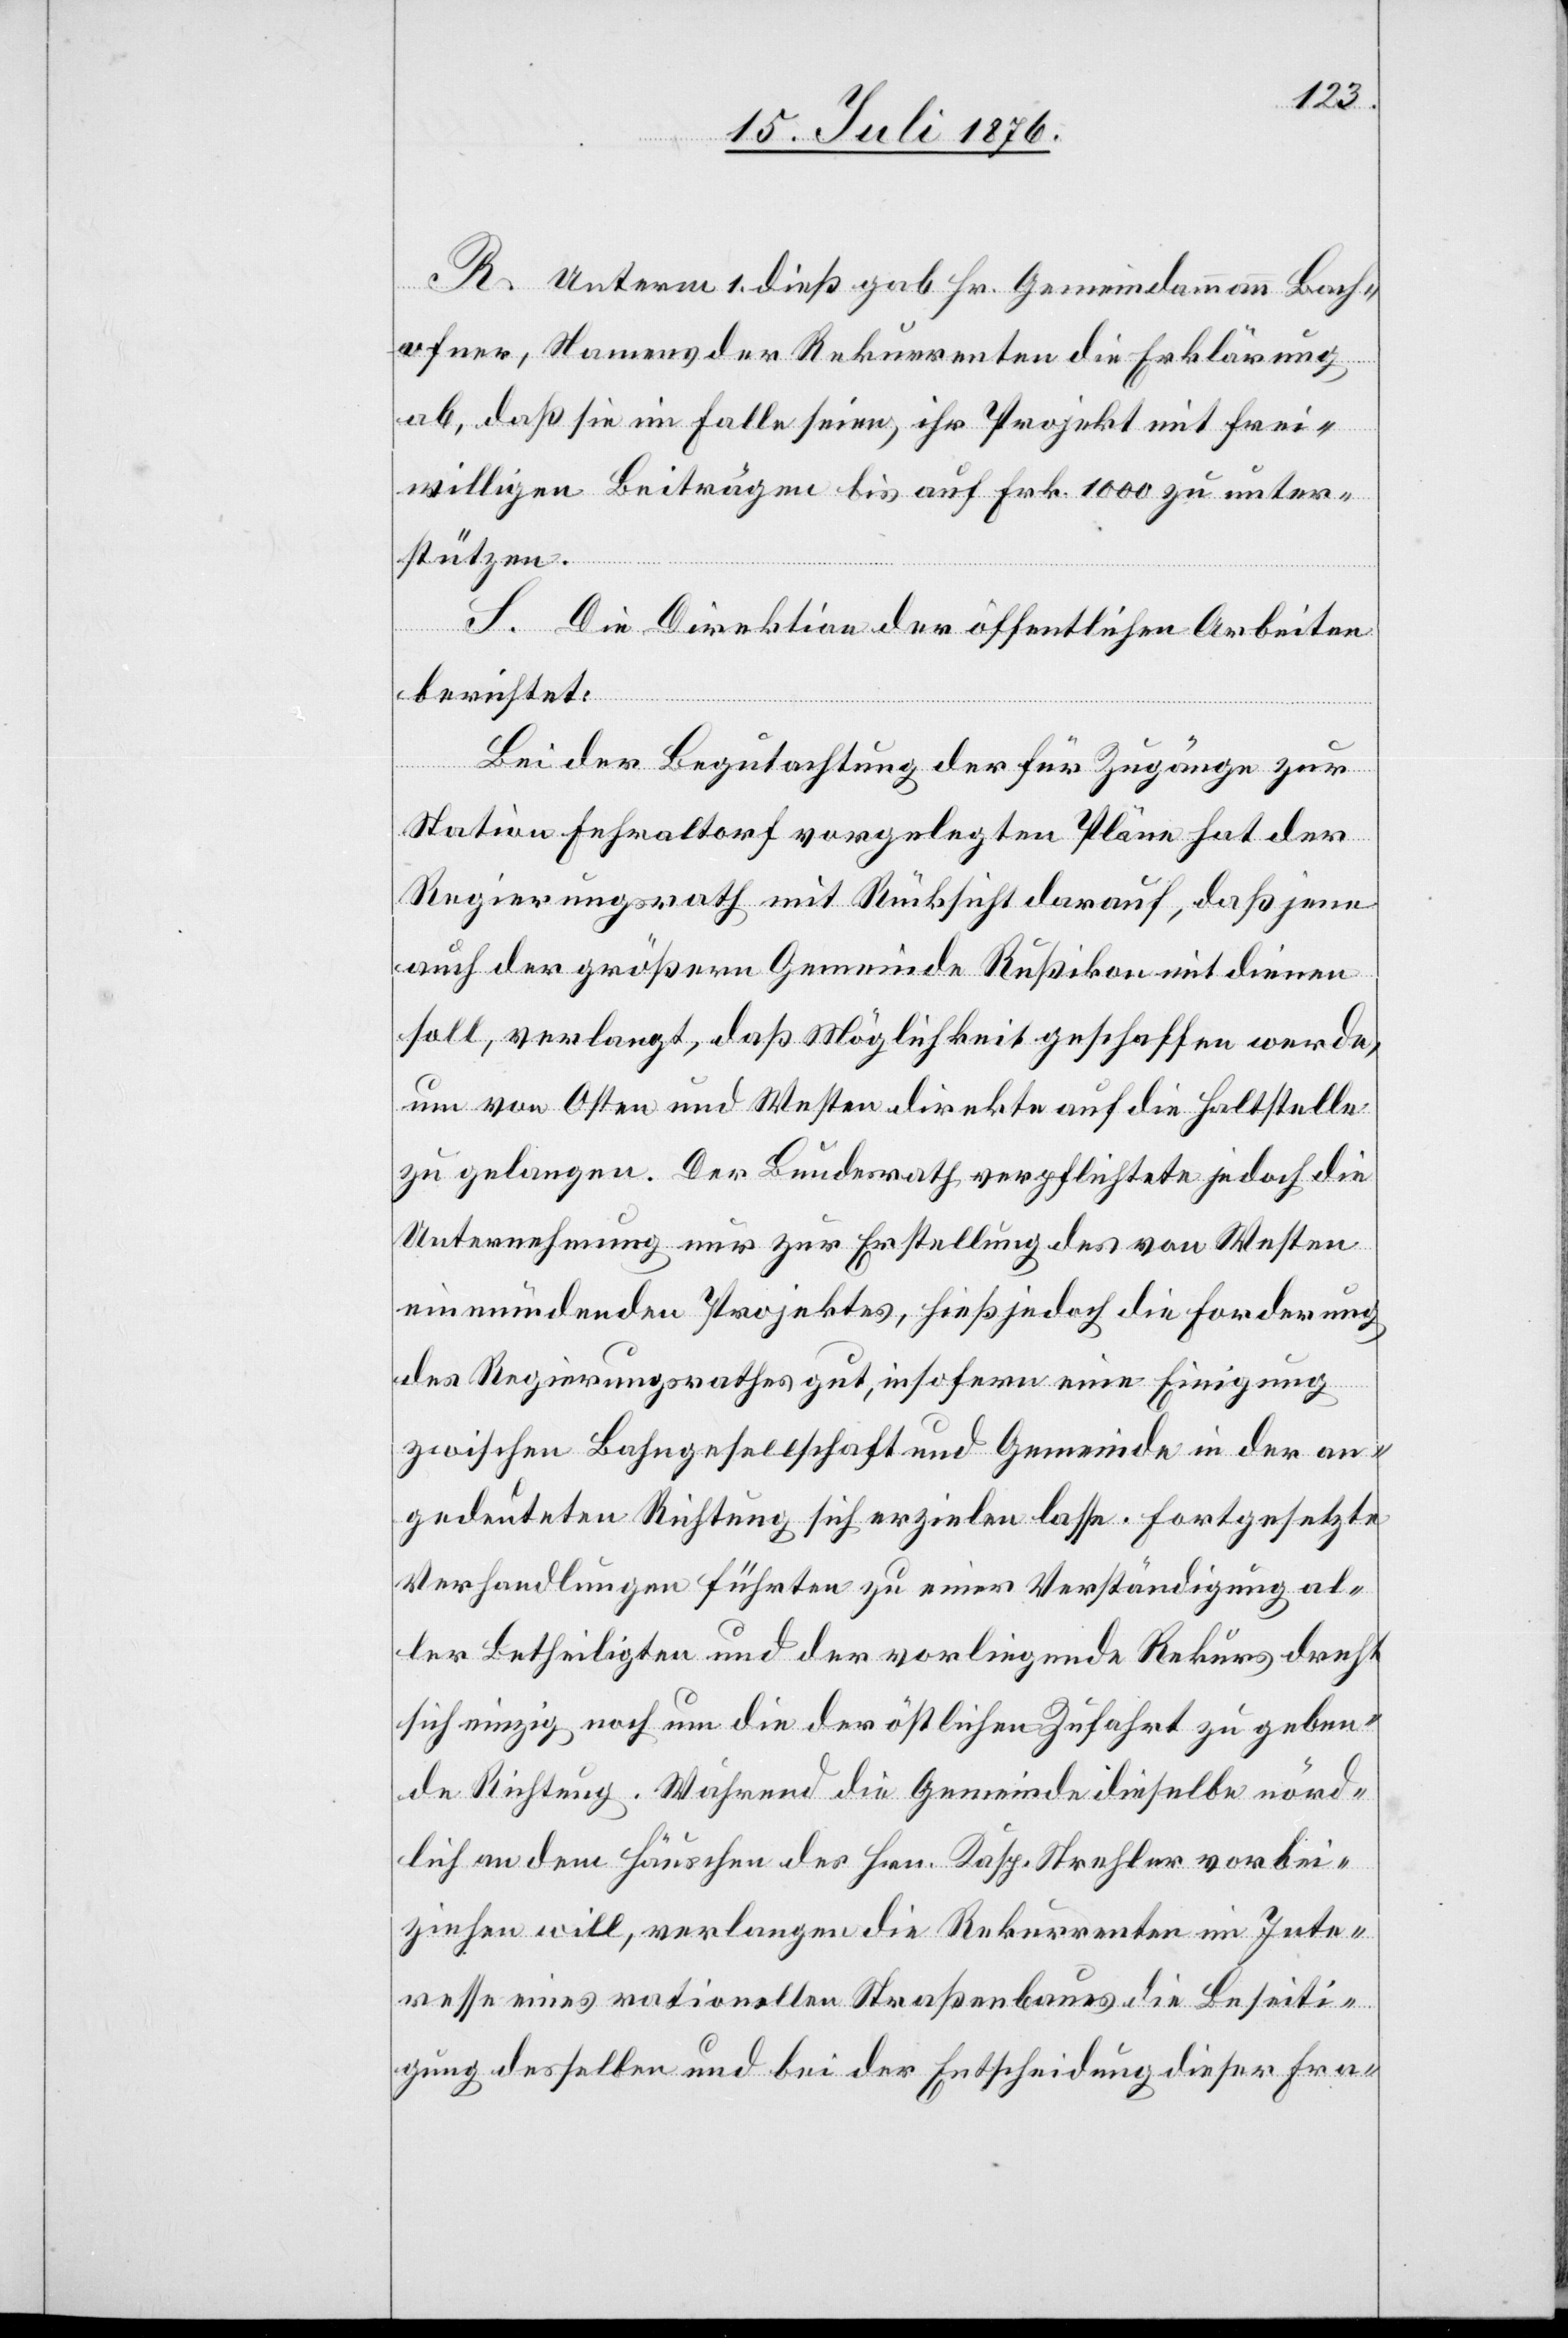
R. Unterm 1. dieß gab Hr. Gemeindammann Bach¬
ofner, Namens der Rekurrenten die Erklärung
ab, daß sie im Falle seien, ihr Projekt mit frei¬
willigen Beiträgen bis auf Frk. 1000 zu unter¬
stützen.
S. Die Direktion der öffentlichen Arbeiten
berichtet:
Bei der Begutachtung der für Zugänge zur
Station Fehraltorf vorgelegten Pläne hat der
Regierungsrath mit Rücksicht darauf, daß jene
auch der größern Gemeinde Rußikon mit dienen
soll, verlangt, das Möglichkeit geschaffen werde,
um von Osten und Westen direkte auf die Haltestelle
zu gelangen. Der Bundesrath verpflichtete jedoch die
Unternehmung nur zur Erstellung des von Westen
einmündenden Projektes, hies jedoch die Forderung
des Regierungsrathes gut, insofern eine Einigung
zwischen Bahngesellschaft und Gemeinde ein der an¬
gedeuteten Richtung sich erzielen lasse. Fortgesetzte
Verhandlungen führten zu einer Verständigung al¬
ler Betheiligten und der vorliegende Rekurs dreht
sich einig noch um die der östlichen Zufahrt zu geben¬
de Richtung. Während die Gemeinde dieselbe nörd¬
lich an dem Häuschen des Hrn. Kasp. Strehler vorbei¬
ziehen will, verlangen die Rekurrenten im Inte¬
resse eines rationellen Straßenbaues die Beseiti¬
gung desselben und bei der Entscheidung dieser Fra-